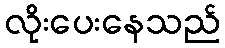
လိုးပေးနေသည်